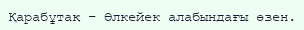
Қарабұтақ – Өлкейек алабындағы өзен.